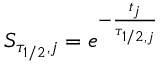
S _ { \tau _ { 1 / 2 } , j } = e ^ { - \frac { t _ { j } } { \tau _ { 1 / 2 , j } } }